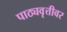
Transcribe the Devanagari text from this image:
पाठ्यवृत्तीवर